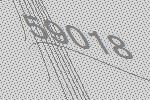
59018